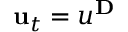
\mathbf { u } _ { t } = u ^ { \mathbf { D } }